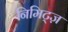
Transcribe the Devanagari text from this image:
निमिट्ज़